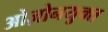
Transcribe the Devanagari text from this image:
ओज़ोनयुक्त